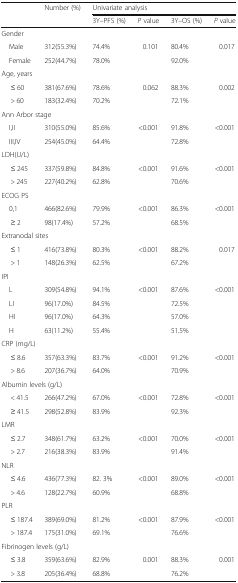
<table><thead><tr><td rowspan="2"></td><td rowspan="2"><b>Number (%)</b></td><td colspan="4"><b>Univariate analysis</b></td></tr><tr><td><b>3Y–PFS (%)</b></td><td><b><i>P</i> value</b></td><td><b>3Y–OS (%)</b></td><td><b><i>P</i> value</b></td></tr></thead><tbody><tr><td colspan="6">Gender</td></tr><tr><td> Male</td><td>312(55.3%)</td><td>74.4%</td><td>0.101</td><td>80.4%</td><td>0.017</td></tr><tr><td> Female</td><td>252(44.7%)</td><td>78.0%</td><td></td><td>92.0%</td><td></td></tr><tr><td colspan="6">Age, years</td></tr><tr><td>≤ 60</td><td>381(67.6%)</td><td>78.6%</td><td>0.062</td><td>88.3%</td><td>0.002</td></tr><tr><td>&gt; 60</td><td>183(32.4%)</td><td>70.2%</td><td></td><td>72.1%</td><td></td></tr><tr><td colspan="6">Ann Arbor stage</td></tr><tr><td> I,II</td><td>310(55.0%)</td><td>85.6%</td><td>&lt;0.001</td><td>91.8%</td><td>&lt;0.001</td></tr><tr><td> III,IV</td><td>254(45.0%)</td><td>64.4%</td><td></td><td>72.8%</td><td></td></tr><tr><td colspan="6">LDH(U/L)</td></tr><tr><td>≤ 245</td><td>337(59.8%)</td><td>84.8%</td><td>&lt;0.001</td><td>91.6%</td><td>&lt;0.001</td></tr><tr><td>&gt; 245</td><td>227(40.2%)</td><td>62.8%</td><td></td><td>70.6%</td><td></td></tr><tr><td colspan="6">ECOG PS</td></tr><tr><td> 0,1</td><td>466(82.6%)</td><td>79.9%</td><td>&lt;0.001</td><td>86.3%</td><td>&lt;0.001</td></tr><tr><td>≥ 2</td><td>98(17.4%)</td><td>57.2%</td><td></td><td>68.5%</td><td></td></tr><tr><td colspan="6">Extranodal sites</td></tr><tr><td>≤ 1</td><td>416(73.8%)</td><td>80.3%</td><td>&lt;0.001</td><td>88.2%</td><td>0.017</td></tr><tr><td>&gt; 1</td><td>148(26.3%)</td><td>62.5%</td><td></td><td>67.2%</td><td></td></tr><tr><td colspan="6">IPI</td></tr><tr><td> L</td><td>309(54.8%)</td><td>94.1%</td><td>&lt;0.001</td><td>87.6%</td><td>&lt;0.001</td></tr><tr><td> LI</td><td>96(17.0%)</td><td>84.5%</td><td></td><td>72.5%</td><td></td></tr><tr><td> HI</td><td>96(17.0%)</td><td>64.3%</td><td></td><td>57.0%</td><td></td></tr><tr><td> H</td><td>63(11.2%)</td><td>55.4%</td><td></td><td>51.5%</td><td></td></tr><tr><td colspan="6">CRP (mg/L)</td></tr><tr><td>≤ 8.6</td><td>357(63.3%)</td><td>83.7%</td><td>&lt;0.001</td><td>91.2%</td><td>&lt;0.001</td></tr><tr><td>&gt; 8.6</td><td>207(36.7%)</td><td>64.0%</td><td></td><td>70.9%</td><td></td></tr><tr><td colspan="6">Albumin levels (g/L)</td></tr><tr><td>&lt; 41.5</td><td>266(47.2%)</td><td>67.0%</td><td>&lt;0.001</td><td>72.8%</td><td>&lt;0.001</td></tr><tr><td>≥ 41.5</td><td>298(52.8%)</td><td>83.9%</td><td></td><td>92.3%</td><td></td></tr><tr><td colspan="6">LMR</td></tr><tr><td>≤ 2.7</td><td>348(61.7%)</td><td>63.2%</td><td>&lt;0.001</td><td>70.0%</td><td>&lt;0.001</td></tr><tr><td>&gt; 2.7</td><td>216(38.3%)</td><td>83.9%</td><td></td><td>91.4%</td><td></td></tr><tr><td colspan="6">NLR</td></tr><tr><td>≤ 4.6</td><td>436(77.3%)</td><td>82. 3%</td><td>&lt;0.001</td><td>89.0%</td><td>&lt;0.001</td></tr><tr><td>&gt; 4.6</td><td>128(22.7%)</td><td>60.9%</td><td></td><td>68.8%</td><td></td></tr><tr><td colspan="6">PLR</td></tr><tr><td>≤ 187.4</td><td>389(69.0%)</td><td>81.2%</td><td>&lt;0.001</td><td>87.9%</td><td>&lt;0.001</td></tr><tr><td>&gt; 187.4</td><td>175(31.0%)</td><td>69.1%</td><td></td><td>76.6%</td><td></td></tr><tr><td colspan="6">Fibrinogen levels (g/L)</td></tr><tr><td>≤ 3.8</td><td>359(63.6%)</td><td>82.9%</td><td>0.001</td><td>88.3%</td><td>0.001</td></tr><tr><td>&gt; 3.8</td><td>205(36.4%)</td><td>68.8%</td><td></td><td>76.2%</td><td></td></tr></tbody></table>